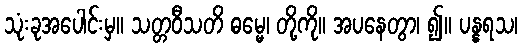
သုံးခုအပေါင်းမှ။ သတ္တဝီသတိ ဓမ္မေ၊ တို့ကို။ အပနေတွာ၊ ၍။ ပန္နရသ၊